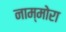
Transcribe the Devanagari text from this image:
नाम्मोरा